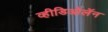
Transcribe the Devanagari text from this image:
व्हीडिओलॅन